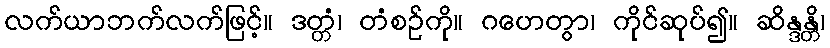
လက်ယာဘက်လက်ဖြင့်။ ဒတ္တံ၊ တံစဉ်ကို။ ဂဟေတွာ၊ ကိုင်ဆုပ်၍။ ဆိန္ဒန္တိ၊